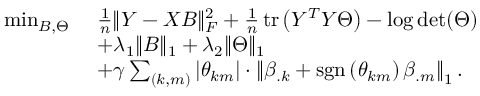
\begin{array} { r l } { \operatorname* { m i n } _ { B , \Theta } ~ } & { \frac { 1 } { n } \| Y - X B \| _ { F } ^ { 2 } + \frac { 1 } { n } \operatorname { t r } \left( Y ^ { T } Y \Theta \right) - \log \det ( \Theta ) } \\ & { + \lambda _ { 1 } \| B \| _ { 1 } + \lambda _ { 2 } \| \Theta \| _ { 1 } } \\ & { + \gamma \sum _ { ( k , m ) } \left| \theta _ { k m } \right| \cdot \left\| \beta _ { . k } + \operatorname { s g n } \left( \theta _ { k m } \right) \beta _ { . m } \right\| _ { 1 } . } \end{array}